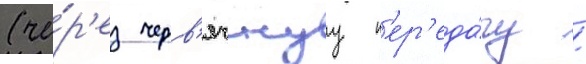
(че́р'ез черв'ячнуу п'ер'еда́чу /